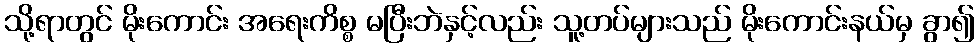
သို့ရာတွင် မိုးကောင်း အရေးကိစ္စ မပြီးဘဲနှင့်လည်း သူ့တပ်များသည် မိုးကောင်းနယ်မှ ခွာ၍